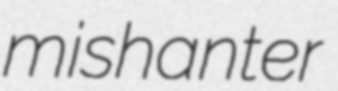
mishanter